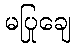
မပြုချေ